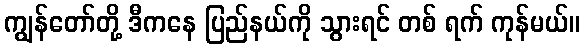
ကျွန်တော်တို့ ဒီကနေ ပြည်နယ်ကို သွားရင် တစ် ရက် ကုန်မယ်။